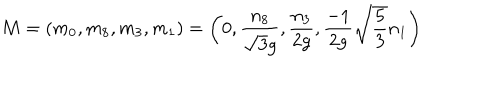
M = ( m _ { 0 } , m _ { 8 } , m _ { 3 } , m _ { 1 } ) = \biggl ( 0 , { \frac { n _ { 8 } } { \sqrt { 3 } g } } , { \frac { n _ { 3 } } { 2 g } } , { \frac { - { 1 } } { 2 g } } \sqrt { \frac { 5 } { 3 } } n _ { 1 } \biggr )